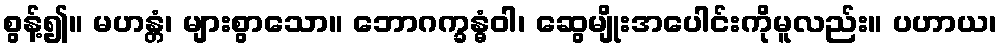
စွန့်၍။ မဟန္တံ၊ များစွာသော။ ဘောဂက္ခန္ဓံဝါ၊ ဆွေမျိုးအပေါင်းကိုမူလည်း။ ပဟာယ၊